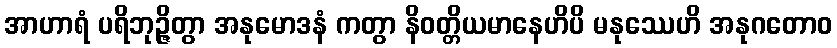
အာဟာရံ ပရိဘုဉ္ဇိတွာ အနုမောဒနံ ကတွာ နိဝတ္တိယမာနေဟိပိ မနုဿေဟိ အနုဂတောဝ